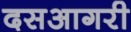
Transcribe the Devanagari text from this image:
दसआगरी